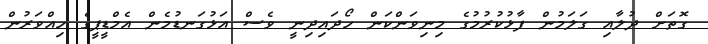
ގޮތަށް ދުލާއި ގަލަމުން ފާޅުކުރުމުގެ މިނިވަންކަން ހޯދައިދިނީ ވެސް އަޅުގަނޑުމެން އެމްޑީޕީގެ ހިއްވަރުން